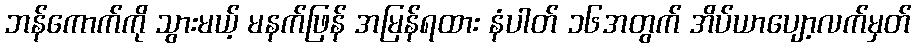
ဘန်ကောက်ကို သွားမယ့် မနက်ဖြန် အမြန်ရထား နံပါတ် ၁၆အတွက် အိပ်ယာပျော့လက်မှတ်